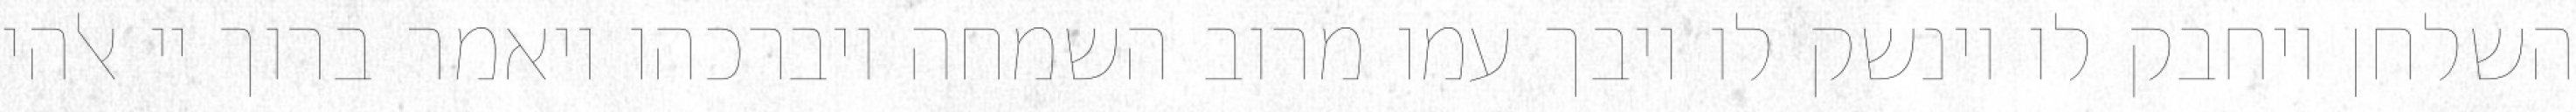
השלחן ויחבק לו וינשק לו ויבך עמו מרוב השמחה ויברכהו ויאמר ברוך יי אלהי